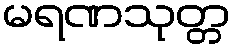
မရဏသုတ္တ